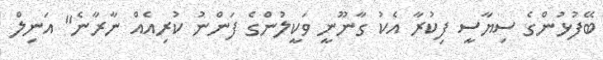
ބޭފުޅުންގެ ސިޔާސީ ފިކުރާ އެކު ގާނޫނީ ވަކީލުންގެ ފަންނު ކުރިއެއް ނާރާނެ" އަނިލް